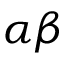
\alpha \beta